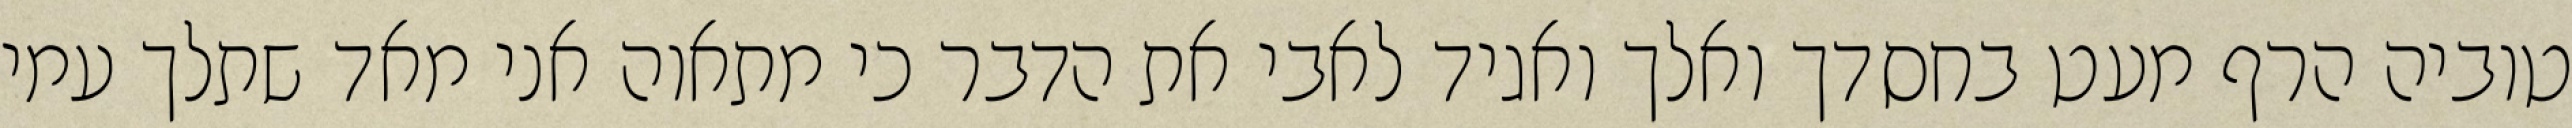
טוביה הרף מעט בחסדך ואלך ואגיד לאבי את הדבר כי מתאוה אני מאד שתלך עמי